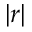
| r |